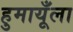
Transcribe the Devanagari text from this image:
हुमायूँला